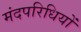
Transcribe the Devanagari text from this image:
मंदपरिधियों